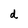
Character: d